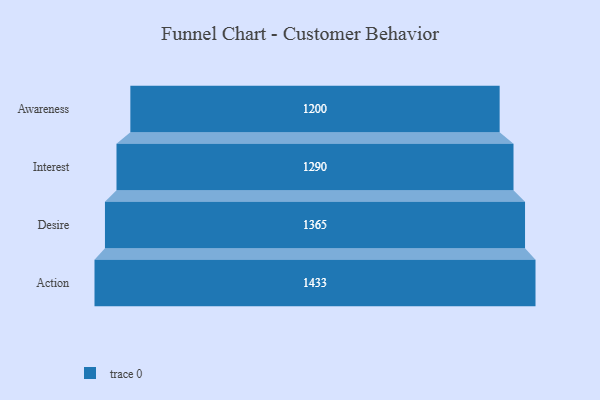
{"axis": {"x": "Stage", "y": "Value"}, "legend": [""], "data": [{"x": "Awareness", "y": 1200.0, "type": ""}, {"x": "Interest", "y": 1290.0, "type": ""}, {"x": "Desire", "y": 1365.0, "type": ""}, {"x": "Action", "y": 1433.0, "type": ""}]}